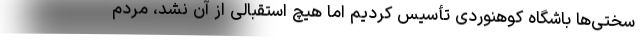
سختی‌ها باشگاه کوهنوردی تأسیس کردیم اما هیچ استقبالی از آن نشد، مردم